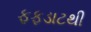
ફફડાટથી